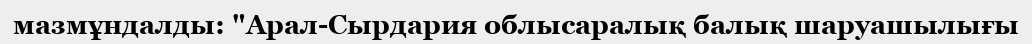
мазмұндалды: "Арал-Сырдария облысаралық балық шаруашылығы